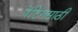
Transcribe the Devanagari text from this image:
पेंटिंगसाठी